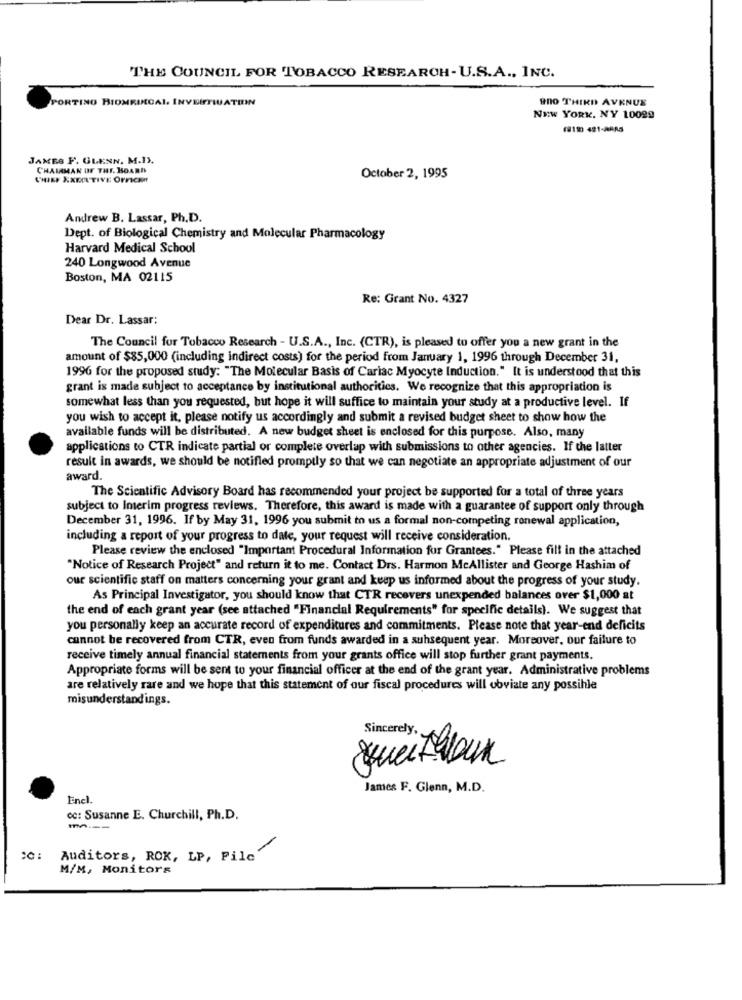
THE COUNCIL FOR TOBACCO RESEARCH-U.S.A ., INC.
PORTINO BIOMRUECAL INYEIFFIUATION
9no THIRD AVENUE
NEW YORK, NY 10029
(212) 421-AAA5
JAMES F. GLENN. M.I.
CHAIRMAN OF THE. BOARD
CHIEF EXECUTIVE OFFICER
October 2, 1995
Andrew B. Lassar, Ph.D.
Dept. of Biological Chemistry and Molecular Pharmacology
Harvard Medical School
240 Longwood Avenue
Boston, MA 02115
Re: Grant No. 4327
Dear Dr. Lassar;
The Council for Tobacco Research - U.S.A ., Inc. (CTR), is pleased to offer you a new grant in the
amount of $85,000 (including indirect costs) for the period from January 1, 1996 through December 31,
1996 for the proposed study: "The Molecular Basis of Cariac Myocyte Induction." It is understood that this
grant is made subject to acceptance by institutional authorities. We recognize that this appropriation is
somewhat less than you requested, but hope it will suffice to maintain your study at a productive level. If
you wish to accept it, please notify us accordingly and submit a revised budget sheet to show how the
available funds will be distributed. A new budget sheet is enclosed for this purpose. Also, many
applications to CTR indicate partial or complete overlap with submissions to other agencies. If the latter
result in awards, we should be notified promptly so that we can negotiate an appropriate adjustment of our
award.
The Scientific Advisory Board has recommended your project be supported for a total of three years
subject to Interim progress reviews. Therefore, this award is made with a guarantee of support only through
December 31, 1996. If by May 31, 1996 you submit to us a formal non-competing ronewal application,
including a report of your progress to date, your request will receive consideration.
Please review the enclosed "Important Procedural Information for Grantees." Please fill in the attached
"Notice of Research Project" and return it to me. Contact Drs. Harmon McAllister and George Hashim of
our scientific staff on matters concerning your grant and keep us informed about the progress of your study.
As Principal Investigator, you should know that CTR recovers unexpended balances over $1,000 at
the end of each grant year (see attached "Financial Requirements" for specific details). We suggest that
you personally keep an accurate record of expenditures and commitments. Please note that year-end deficits
cannot be recovered from CTR, even from funds awarded in a subsequent year. Moreover, our failure to
receive timely annual financial statements from your grants office will stop further grant payments.
Appropriate forms will be sent to your financial officer at the end of the grant year. Administrative problems
are relatively rare and we hope that this statement of our fiscal procedures will obviate any possible
misunderstandings.
Sincerely,
Soweithlaun
James F. Glenn, M.D.
Encl.
dc: Susanne E. Churchill, Ph.D.
m . - -
Auditors, ROK, LP, Pile"
M/M, Monitors